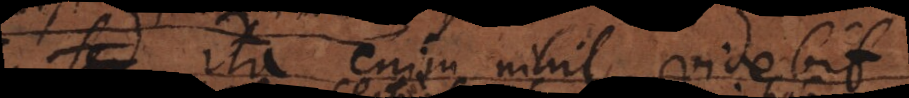
sed ita enim nihil videbit,